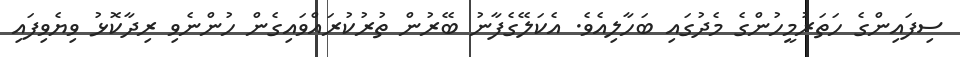
ސިފައިންގެ ހަތަރުމީހުންގެ މެދުގައި ބަހާލިއެވެ. އެކަލޭގެފާނު ބޭރުން ތުރުކުރައްވައިގެން ހުންނެވި ރިދާކޮޅު ވިޔެވިފައި